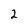
Character: 2